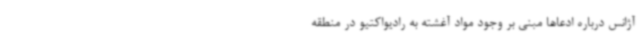
آژانس درباره ادعاها مبنی بر وجود مواد آغشته به رادیواکتیو در منطقه